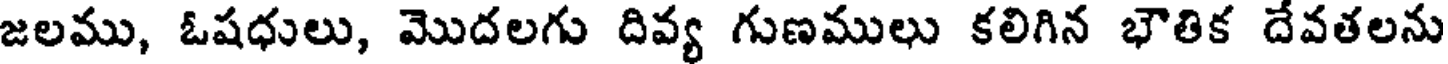
జలము, ఓషధులు, మొదలగు దివ్య గుణములు కలిగిన భౌతిక దేవతలను